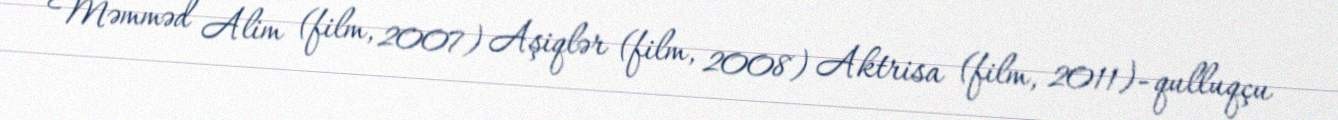
Məmməd Alim (film, 2007) Aşiqlər (film, 2008) Aktrisa (film, 2011)- qulluqçu